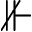
\nVdash